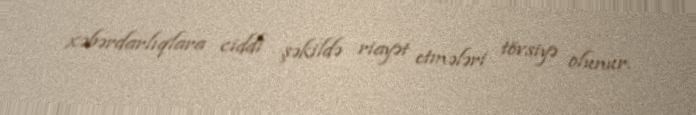
xəbərdarlıqlara ciddi şəkildə riayət etmələri tövsiyə olunur.